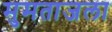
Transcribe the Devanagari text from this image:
मुमताजला